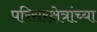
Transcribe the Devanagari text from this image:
परिसरक्षेत्रांच्या